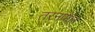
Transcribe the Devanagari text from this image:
तरनपोल